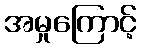
အမှုကြောင့်